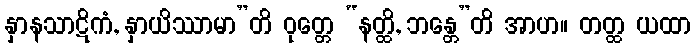
နှာနသာဋိကံ, နှာယိဿာမာ”တိ ဝုတ္တေ “နတ္ထိ, ဘန္တေ”တိ အာဟ။ တတ္ထ ယထာ